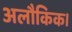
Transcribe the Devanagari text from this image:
अलौकिक।